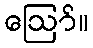
ဪ။